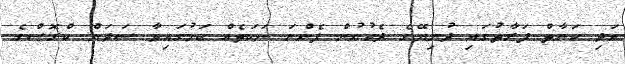
އަދި ކަނާތް ފަރާތުގައި ދުނިޔޭގެ ދެކުނުން ފެންނަ ނަކަތެއް ކަމުގައިވާ ސަދަން ކްރޮސްގެ